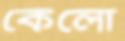
কেলো